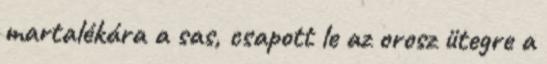
martalékára a sas, csapott le az orosz ütegre a